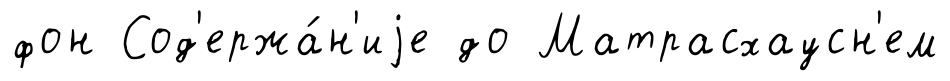
фон Сод'ержа́н'иjе до Матрасхаусн'ем